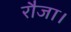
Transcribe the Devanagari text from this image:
रौजा।